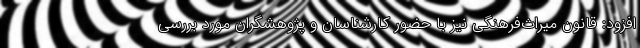
افزود: قانون میراث‌فرهنگی نیز با حضور کارشناسان و پژوهشگران مورد بررسی